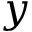
y